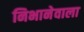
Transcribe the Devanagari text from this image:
निभानेवाला